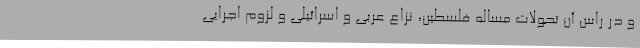
و در راس آن تحولات مساله فلسطین، نزاع عربی و اسرائیلی و لزوم اجرایی